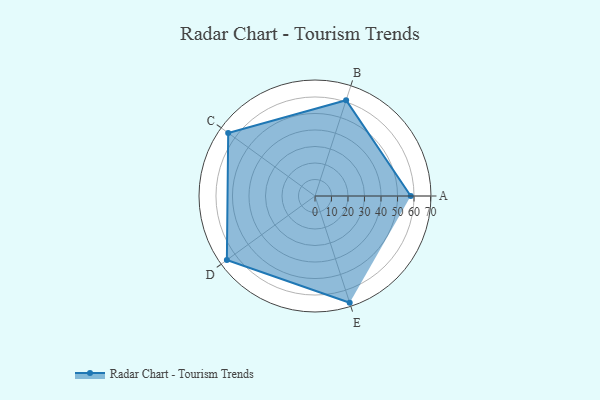
{"axis": {"x": "Skill", "y": "Score"}, "legend": ["Profile"], "data": [{"x": "A", "y": 58.0, "type": "Profile"}, {"x": "B", "y": 61.0, "type": "Profile"}, {"x": "C", "y": 65.0, "type": "Profile"}, {"x": "D", "y": 66.0, "type": "Profile"}, {"x": "E", "y": 68.0, "type": "Profile"}]}